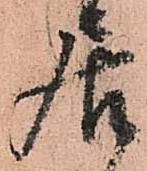
居